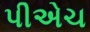
પીએચ